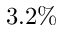
3 . 2 \%